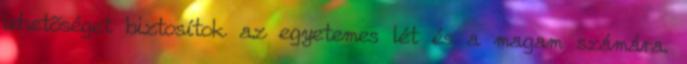
lehetõséget biztosítok az egyetemes lét és a magam számára.